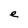
Character: e